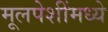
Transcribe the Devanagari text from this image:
मूलपेशींमध्ये